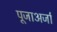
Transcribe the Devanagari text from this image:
पूजाअर्जा